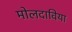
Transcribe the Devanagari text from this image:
मोलदाविया